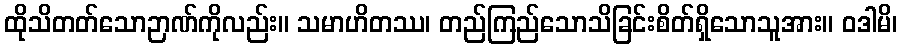
ထိုသိတတ်သောဉာဏ်ကိုလည်း။ သမာဟိတဿ၊ တည်ကြည်သောသိခြင်းစိတ်ရှိသောသူအား။ ဝဒါမိ၊